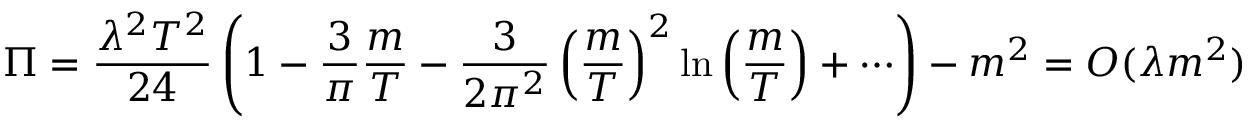
\Pi = { \frac { \lambda ^ { 2 } T ^ { 2 } } { 2 4 } } \left( 1 - { \frac { 3 } { \pi } } { \frac { m } { T } } - { \frac { 3 } { 2 \pi ^ { 2 } } } \left( { \frac { m } { T } } \right) ^ { 2 } \ln \left( { \frac { m } { T } } \right) + \cdots \right) - m ^ { 2 } = { \cal O } ( \lambda m ^ { 2 } )